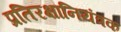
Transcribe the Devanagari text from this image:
प्रतिरक्षानियंत्रक